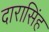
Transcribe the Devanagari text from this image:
दारासिंह